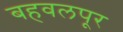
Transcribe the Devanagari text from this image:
बहवलपूर